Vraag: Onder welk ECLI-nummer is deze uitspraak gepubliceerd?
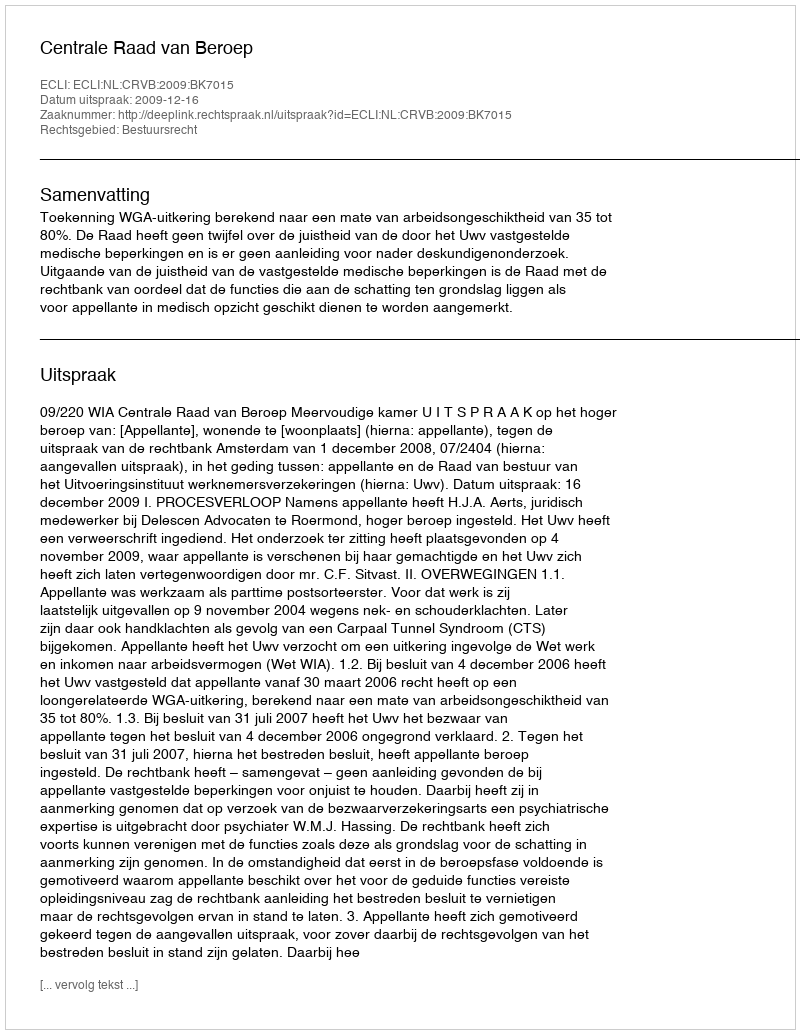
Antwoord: ECLI:NL:CRVB:2009:BK7015